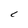
Character: C